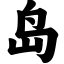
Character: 岛